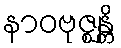
နာဝဗုဇ္ဈန္တိ